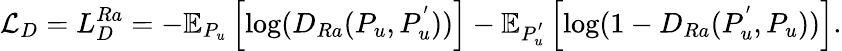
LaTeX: \mathcal{L}_{D}=L_{D}^{Ra}=-\mathbb{E}_{P_{u}}\left[\mathrm{log}(D_{Ra}(P_{u},P_{u}^{'}))\right]-\mathbb{E}_{P_{u}^{'}}\left[\mathrm{log}(1-D_{Ra}(P_{u}^{'},P_{u}))\right].